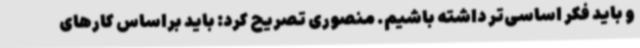
و باید فکر اساسی‌تر داشته باشیم. منصوری تصریح کرد: باید براساس کارهای